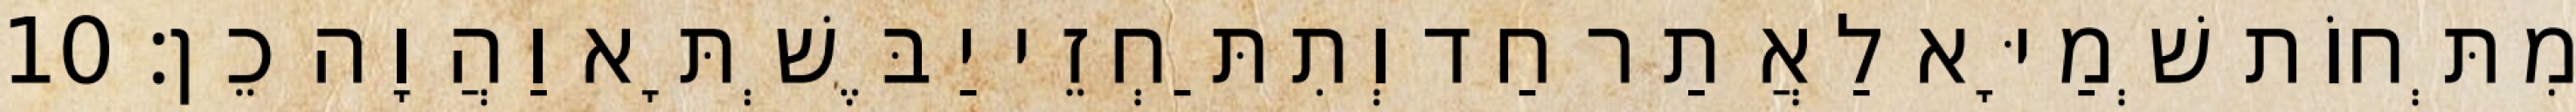
מִתְּחוֹת שְׁמַיָּא לַאֲתַר חַד וְתִתַּחְזֵי יַבֶּשְׁתָּא וַהֲוָה כֵן׃ 10